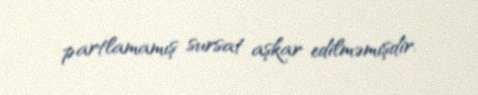
partlamamış sursat aşkar edilməmişdir.